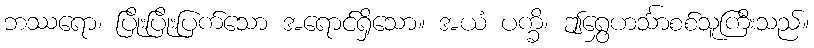
ဘဿရော၊ ပြိုးပြိုးပြက်သော အရောင်ရှိသော။ အယံ ပက္ခိ၊ ဤရွှေဟင်္သာစစ်သူကြီးသည်။